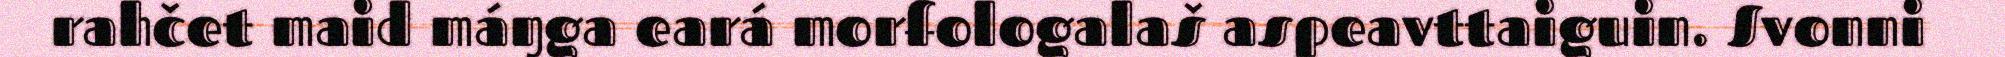
rahčet maid máŋga eará morfologalaš aspeavttaiguin. Svonni